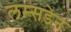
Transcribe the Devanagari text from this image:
लम्सडेन